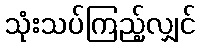
သုံးသပ်ကြည့်လျှင်